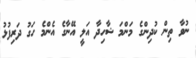
ނުވާ ތިން ކުދިންގެ މަންމަ ޝާހިދާ އަލީ އޭނާގެ އެންމެ ހަގު ދަރިފުޅު